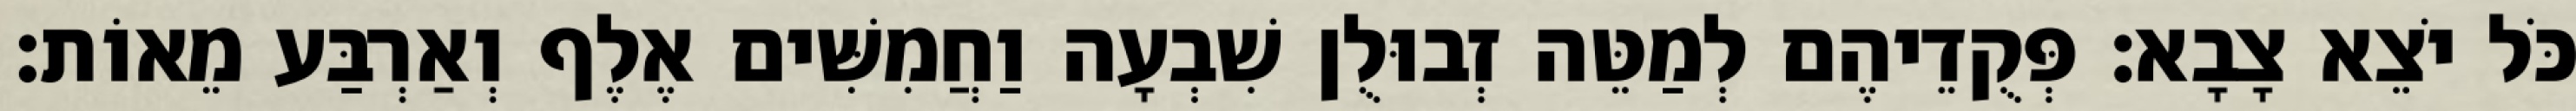
כֹּל יֹצֵא צָבָא׃ פְּקֻדֵיהֶם לְמַטֵּה זְבוּלֻן שִׁבְעָה וַחֲמִשִּׁים אֶלֶף וְאַרְבַּע מֵאוֹת׃